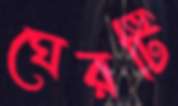
ঘেরটি